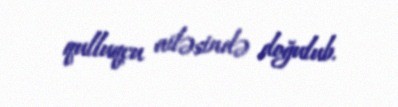
qulluqçu ailəsində doğulub.